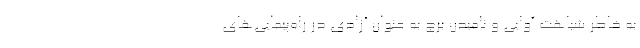
به خاطر شباهت آوایی و نامیدن برج به عنوان آزادی در راه‌پیمایی‌های